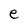
Character: e